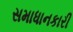
સમાધાનકારી